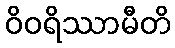
ဝိဝရိဿာမီတိ